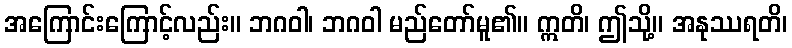
အကြောင်းကြောင့်လည်း။ ဘဂဝါ၊ ဘဂဝါ မည်တော်မူ၏။ ဣတိ၊ ဤသို့။ အနုဿရတိ၊